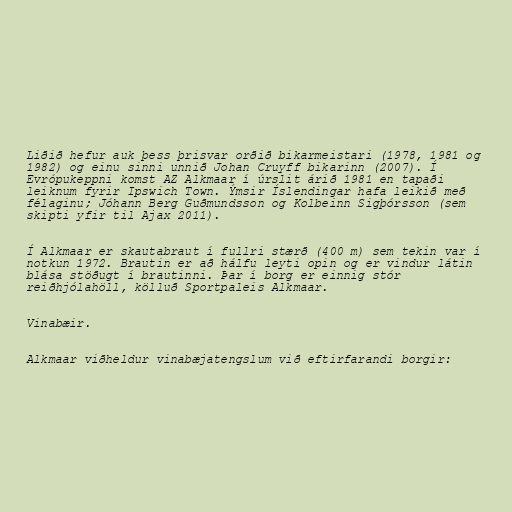
Liðið hefur auk þess þrisvar orðið bikarmeistari (1978, 1981 og
1982) og einu sinni unnið Johan Cruyff bikarinn (2007). Í
Evrópukeppni komst AZ Alkmaar í úrslit árið 1981 en tapaði
leiknum fyrir Ipswich Town. Ýmsir Íslendingar hafa leikið með
félaginu; Jóhann Berg Guðmundsson og Kolbeinn Sigþórsson (sem
skipti yfir til Ajax 2011).

Í Alkmaar er skautabraut í fullri stærð (400 m) sem tekin var í
notkun 1972. Brautin er að hálfu leyti opin og er vindur látin
blása stöðugt í brautinni. Þar í borg er einnig stór
reiðhjólahöll, kölluð Sportpaleis Alkmaar.

Vinabæir.

Alkmaar viðheldur vinabæjatengslum við eftirfarandi borgir: